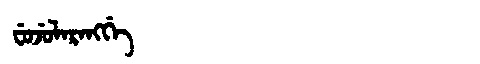
Manchu: ᠸᡠᠵᡠᠯᠠᡵᠠᠩᡤᡝ
Romanization: FUJULARANGGE